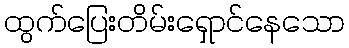
ထွက်ပြေးတိမ်းရှောင်နေသော